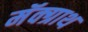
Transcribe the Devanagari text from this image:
मॅक्ग्राथ